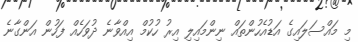
މި މައްސަލައިގެ އަޑުއެހުންތައް ނިންމައިލި އިރު ހުކުމް އިއްވާނެ ދުވަހެއް ފަހުން އަންގާނެ